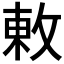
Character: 𢽬